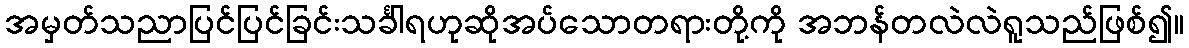
အမှတ်သညာပြင်ပြင်ခြင်းသင်္ခါရဟုဆိုအပ်သောတရားတို့ကို အဘန်တလဲလဲရူသည်ဖြစ်၍။